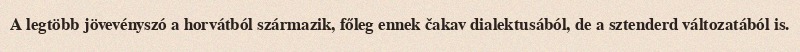
A legtöbb jövevényszó a horvátból származik, főleg ennek čakav dialektusából, de a sztenderd változatából is.